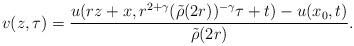
LaTeX: \begin{align*}v(z,\tau)=\frac{u(rz+x,r^{2+\gamma} (\tilde\rho(2r))^{-\gamma}\tau+t)-u(x_0,t)}{\tilde\rho(2r)}.\end{align*}